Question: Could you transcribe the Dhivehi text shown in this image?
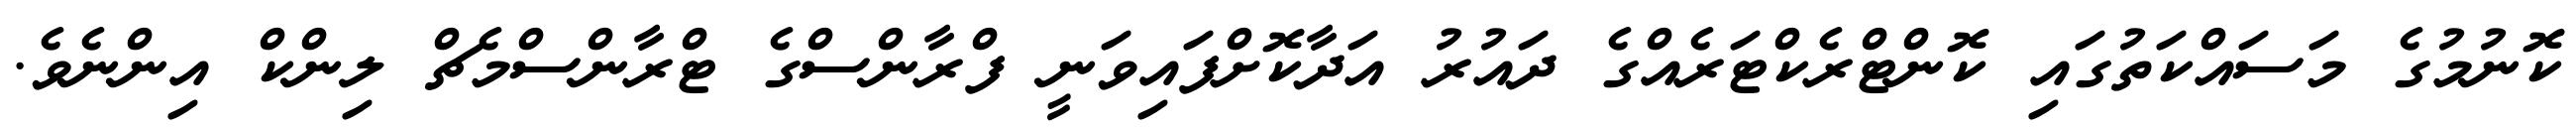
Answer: ކޮނުމުގެ މަސައްކަތުގައި ކޮންޓްރެކްޓަރެއްގެ ދައުރު އަދާކޮށްފައިވަނީ ފްރާންސްގެ ޓްރާންސްމެޗް ލިންކް އިންނެވެ.